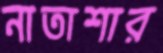
নাতাশার